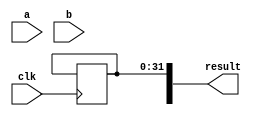
module BoothMultiplier(
    input clk,
    input wire [31:0] a,
    input wire [31:0] b,
    output wire [63:0] result
);
    reg [31:0] m1, m2;
    reg [31:0] p;
    reg [63:0] product;
    reg [2:0] state;
    reg [4:0] counter;

    always @(*) begin
        m1 = (b[0]) ? ~b : b;
        m2 = (b[0]) ? -a-1 : a;
        p = (b[0]) ? m2 : m2 >> 1;
        state = 2'b00;
        product = 64'b0;
        counter = 5'b0;
    end

    always @(posedge clk) begin
        if (counter == 5'b11111) begin
            result[31:0] <= product[63:32]; // potential for error
        end else begin
            case (state)
            2'b00: begin
                if (b[counter+1]) begin
                product = product + p;
                state = 2'b10;
                end;
                counter = counter + 1;
            end
            2'b10: begin
                product = product + m1;
                state = 2'b00;
            end
            2'b01: begin
                product = product + m2;
                state = 2'b00;
            end
            default: begin
                state = 2'b00;
            end
            endcase
        end
    end
endmodule